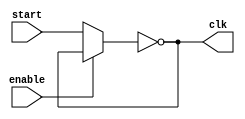
module RingOscillator2 #(parameter n = 5)(input start, input enable, output clk);
	wire w0, wn;
	assign w0 = enable ? wn : start;
	assign clk = wn;
	not #(10*n) invg(wn, w0);
endmodule